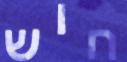
חוש